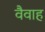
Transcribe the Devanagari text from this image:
वैवाह